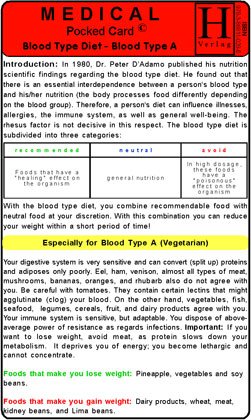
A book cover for Blood Type Diet - A - Medical Pocket Card; Hawelka; Health, Fitness & Dieting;